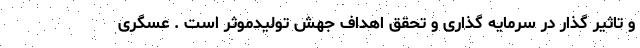
و تاثیر گذار در سرمایه گذاری و تحقق اهداف جهش تولیدموثر است . عسگری